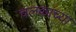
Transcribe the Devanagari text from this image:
चलकाच्या